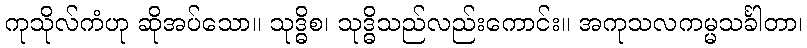
ကုသိုလ်ကံဟု ဆိုအပ်သော။ သုဒ္ဓိစ၊ သုဒ္ဓိသည်လည်းကောင်း။ အကုသလကမ္မသင်္ခါတာ၊